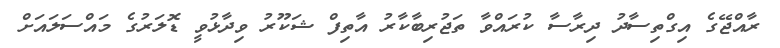
ރާއްޖޭގެ އިގްތިސާދު ދިރާސާ ކުރައްވާ ތަޖުރިބާކާރު އާތިފް ޝަކޫރު ވިދާޅުވީ ޑޮލަރުގެ މައްސަލައަށް